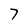
Character: 7